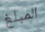
المبلغ